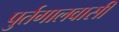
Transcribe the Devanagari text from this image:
पुर्तगालवासी